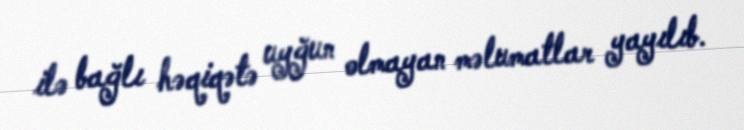
ilə bağlı həqiqətə uyğun olmayan məlumatlar yayılıb.